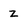
Character: z